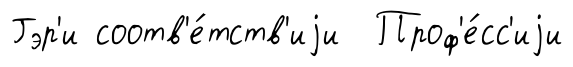
Гэр'и соотв'е́тств'иjи Проф'е́сс'иjи